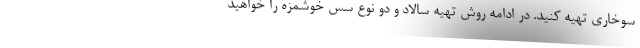
سوخاری تهیه کنید. در ادامه روش تهیه سالاد و دو نوع سس خوشمزه را خواهید